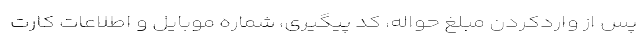
پس از واردکردن مبلغ حواله، کد پیگیری، شماره موبایل و اطلاعات کارت